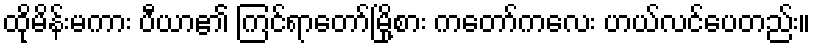
ထိုမိန်းမကား ပီယာ၏ ကြင်ရာတော်မြို့စား ကတော်ကလေး ဟယ်လင်ပေတည်း။